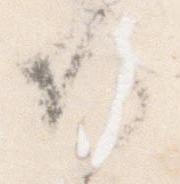
候